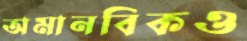
অমানবিকও